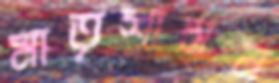
মাতৃশাসন